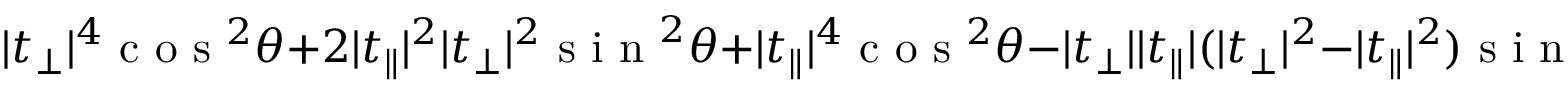
\lvert t _ { \perp } \rvert ^ { 4 } \textrm { c o s } ^ { 2 } \theta + 2 \lvert t _ { \parallel } \rvert ^ { 2 } \lvert t _ { \perp } \rvert ^ { 2 } \textrm { s i n } ^ { 2 } \theta + \lvert t _ { \parallel } \rvert ^ { 4 } \textrm { c o s } ^ { 2 } \theta - \lvert t _ { \perp } \rvert \lvert t _ { \parallel } \rvert ( \lvert t _ { \perp } \rvert ^ { 2 } - \lvert t _ { \parallel } \rvert ^ { 2 } ) \textrm { s i n } ( 2 \theta ) \textrm { s i n } \phi .